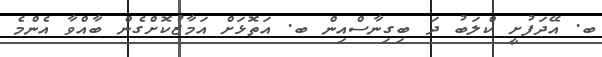
ބ. އޭދަފުށީ ކްލަބު ދަ ބިގިނާސްއިން ބ. އަތޮޅަށް އަމާޒުކޮށްގެން ބާއްވާ އެންމެ